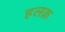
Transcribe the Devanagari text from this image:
हलक़